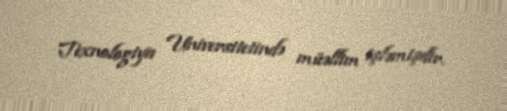
Texnologiya Universitetində müəllim işləmişdir.